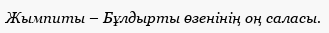
Жымпиты – Бұлдырты өзенінің оң саласы.